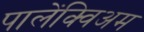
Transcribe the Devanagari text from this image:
पालेंक्विअम